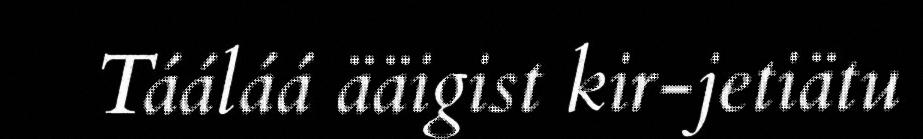
Tááláá ääigist kir-jetiätu